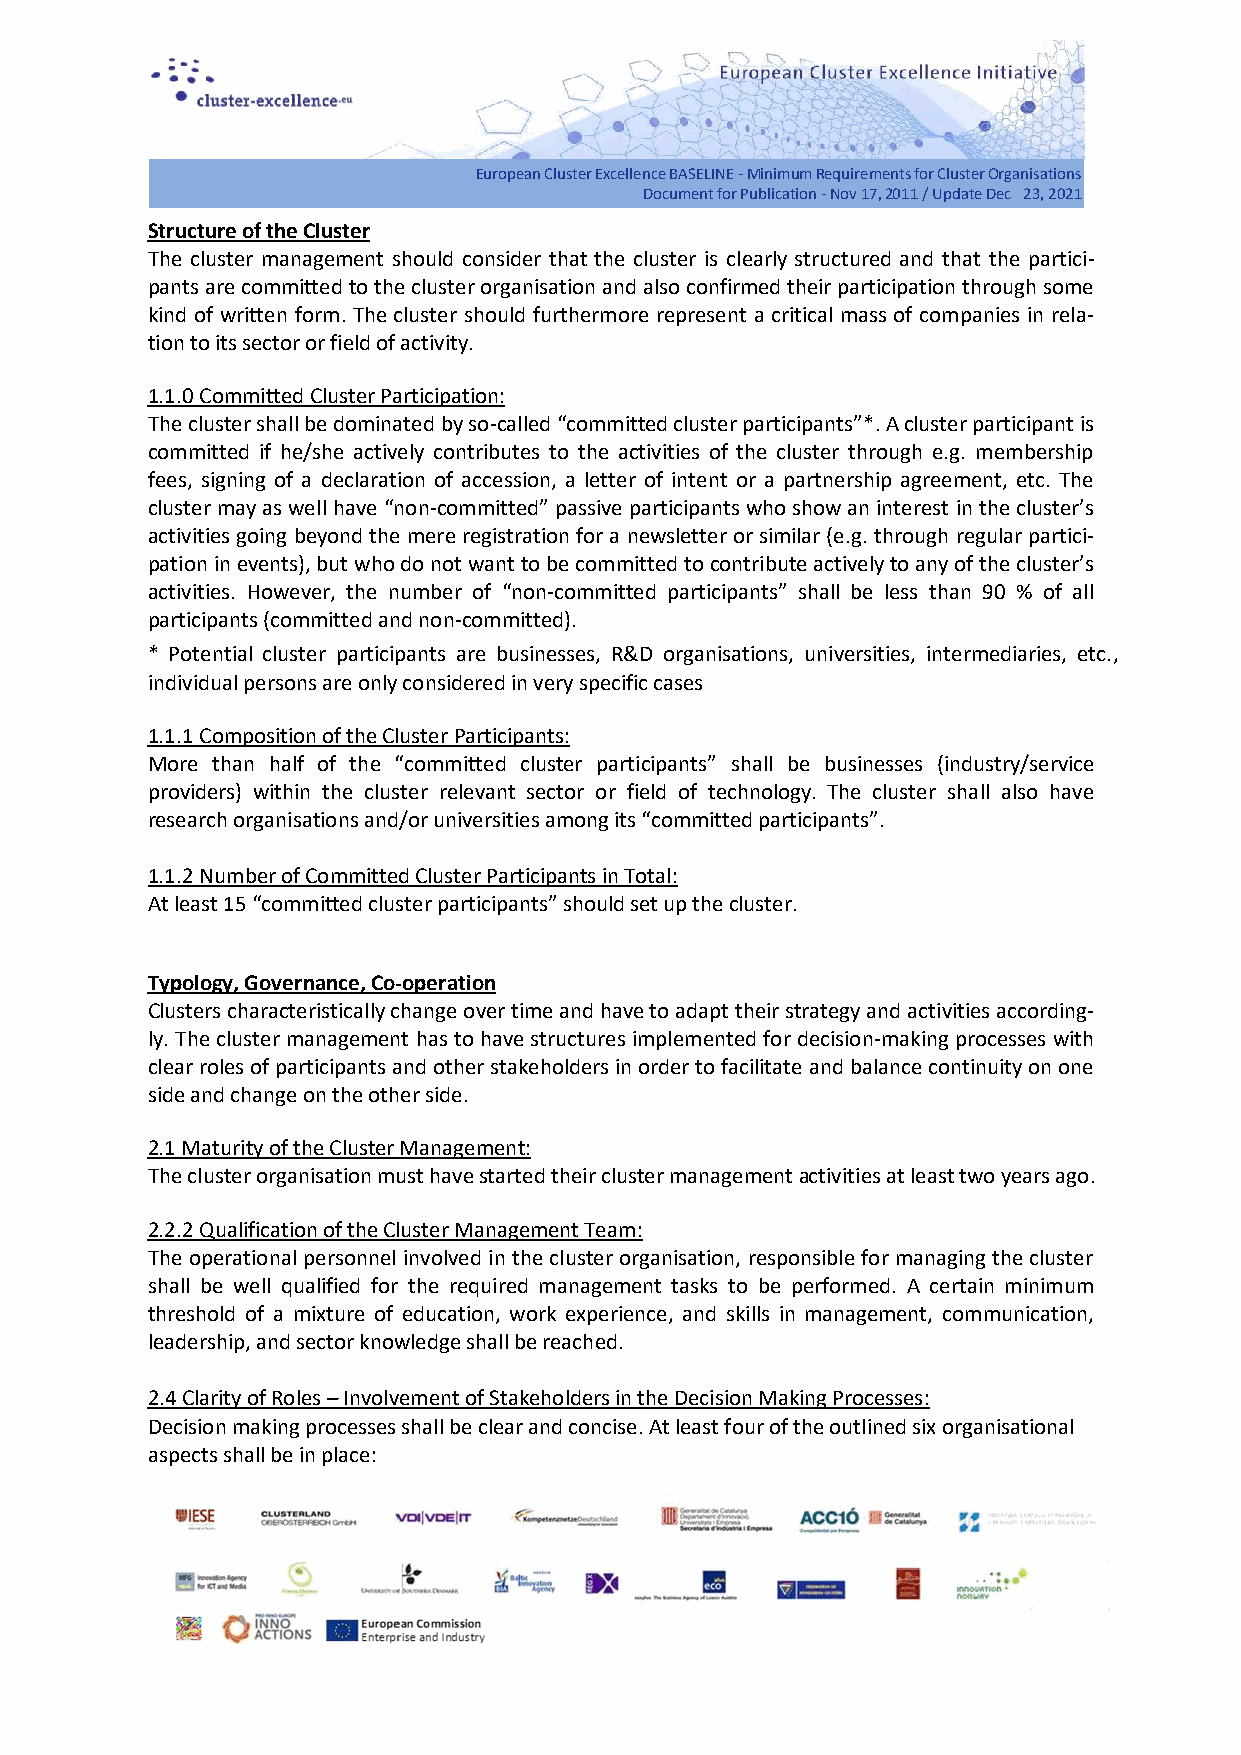
European Cluster Excellence BASELINE - Minimum Requirements for Cluster Organisations
 Document for Publication - Nov 17, 2011 / Update Dec 23, 2021
 Structure of the Cluster
 The cluster management should consider that the cluster is clearly structured and that the partici-
 pants are committed to the cluster organisation and also confirmed their participation through some
 kind of written form. The cluster should furthermore represent a critical mass of companies in rela-
 tion to its sector or field of activity.
 1.1.0 Committed Cluster Participation:
 The cluster shall be dominated by so-called “committed cluster participants”*. A cluster participant is
 committed if he/she actively contributes to the activities of the cluster through e.g. membership
 fees, signing of a declaration of accession, a letter of intent or a partnership agreement, etc. The
 cluster may as well have “non-committed” passive participants who show an interest in the cluster’s
 activities going beyond the mere registration for a newsletter or similar (e.g. through regular partici-
 pation in events), but who do not want to be committed to contribute actively to any of the cluster’s
 activities. However, the number of “non-committed participants” shall be less than 90 % of all
 participants (committed and non-committed).
 * Potential cluster participants are businesses, R&D organisations, universities, intermediaries, etc.,
 individual persons are only considered in very specific cases
 1.1.1 Composition of the Cluster Participants:
 More than half of the “committed cluster participants” shall be businesses (industry/service
 providers) within the cluster relevant sector or field of technology. The cluster shall also have
 research organisations and/or universities among its “committed participants”.
 1.1.2 Number of Committed Cluster Participants in Total:
 At least 15 “committed cluster participants” should set up the cluster.
 Typology, Governance, Co-operation
 Clusters characteristically change over time and have to adapt their strategy and activities according-
 ly. The cluster management has to have structures implemented for decision-making processes with
 clear roles of participants and other stakeholders in order to facilitate and balance continuity on one
 side and change on the other side.
 2.1 Maturity of the Cluster Management:
 The cluster organisation must have started their cluster management activities at least two years ago.
 2.2.2 Qualification of the Cluster Management Team:
 The operational personnel involved in the cluster organisation, responsible for managing the cluster
 shall be well qualified for the required management tasks to be performed. A certain minimum
 threshold of a mixture of education, work experience, and skills in management, communication,
 leadership, and sector knowledge shall be reached.
 2.4 Clarity of Roles – Involvement of Stakeholders in the Decision Making Processes:
 Decision making processes shall be clear and concise. At least four of the outlined six organisational
 aspects shall be in place: